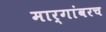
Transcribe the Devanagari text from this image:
मार्गांवरच